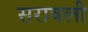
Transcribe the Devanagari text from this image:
सरावली